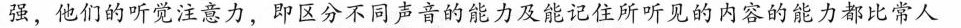
强，他们的听觉注意力，即区分不同声音的能力及能记住所听见的内容的能力都比常人